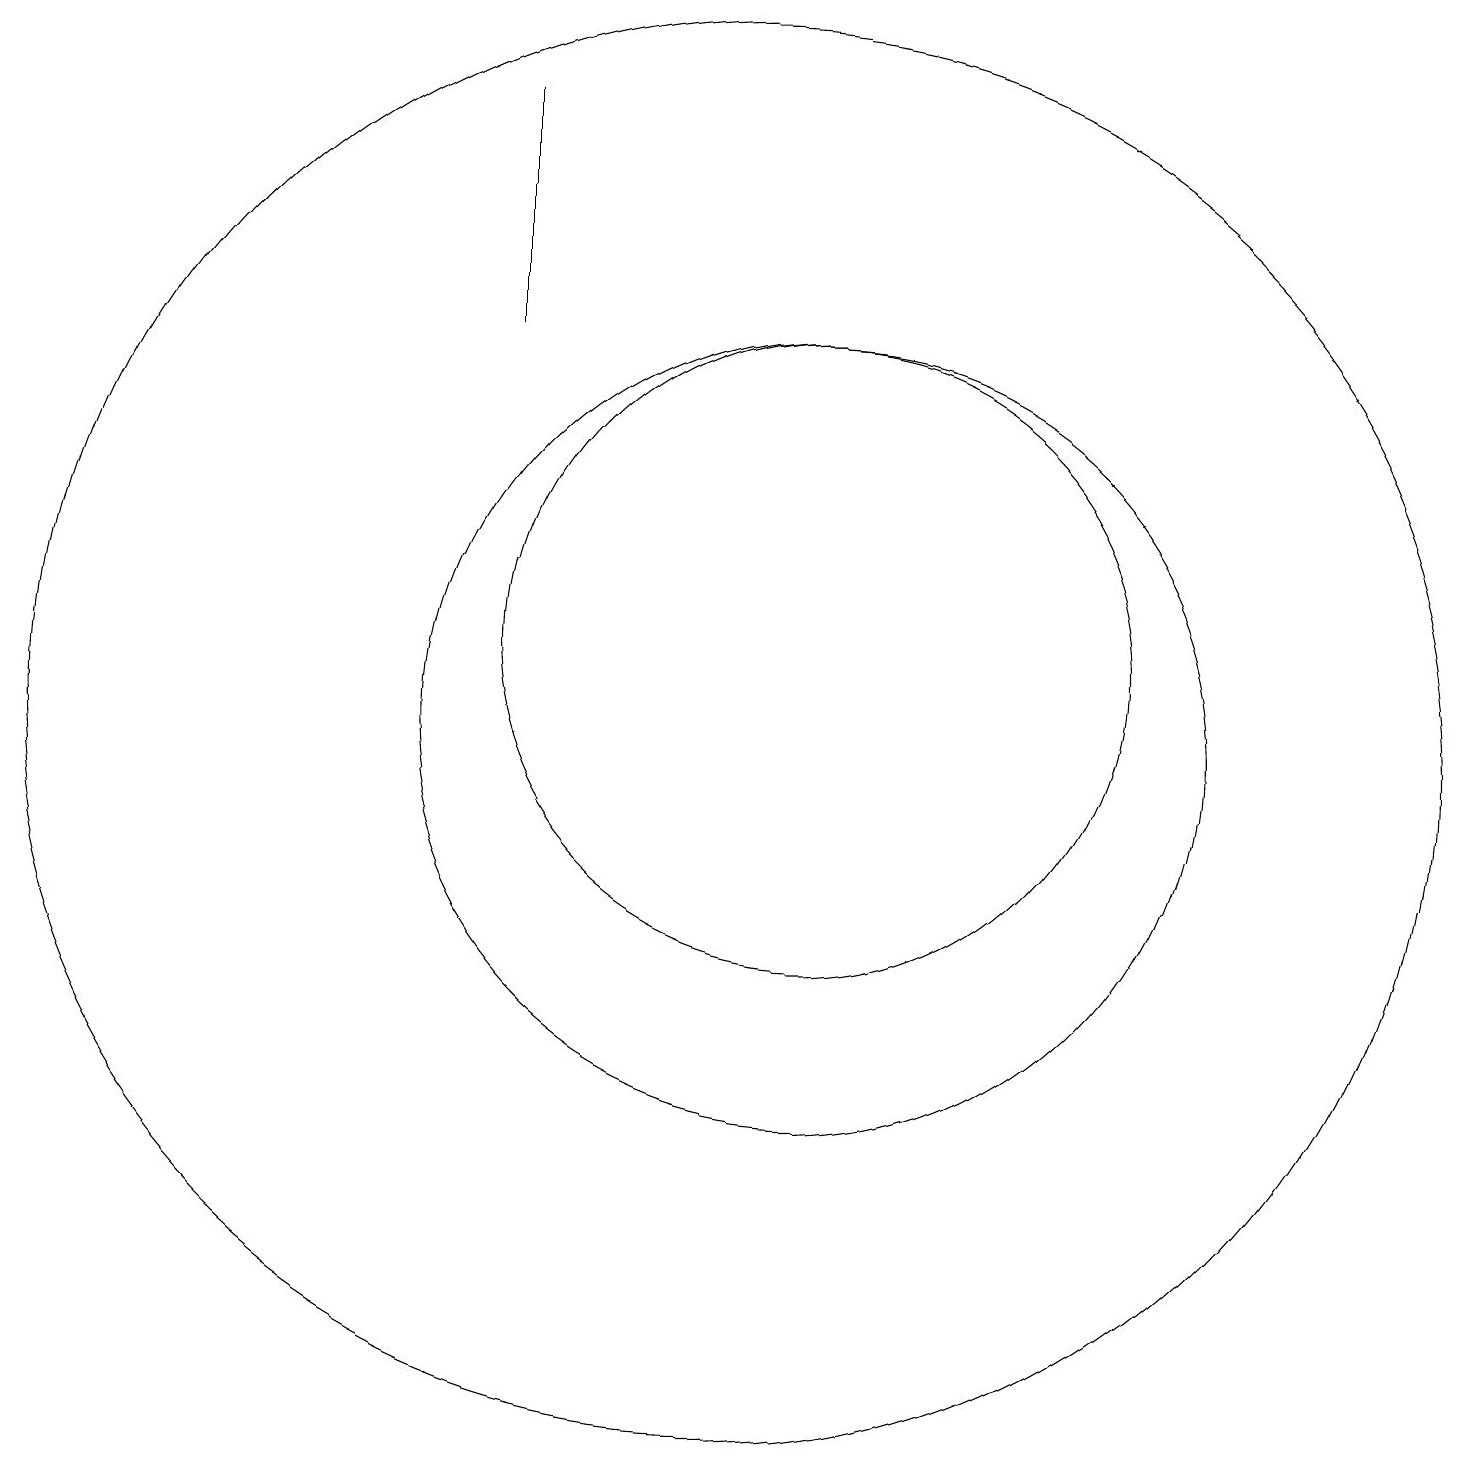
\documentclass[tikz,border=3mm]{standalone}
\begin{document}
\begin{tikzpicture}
\draw (11,10) circle (5);
\draw (10,10) circle (9);
\draw (7,15) rectangle (7,18);
\draw (11,11) circle (4);
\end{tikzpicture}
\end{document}